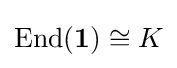
\mathrm {End} (\mathbf {1} )\cong K